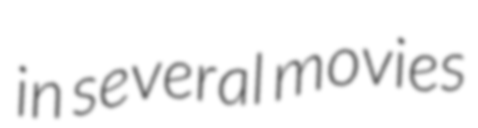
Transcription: in several movies